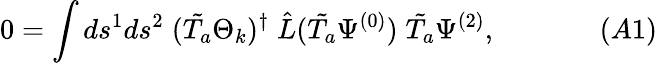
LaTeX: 0=\int ds^{1}ds^{2}\; (\tilde{T_{a}}\Theta_{k})^{\dagger}\; \hat{L}(\tilde{T_{a}}\Psi^{(0)})\; \tilde{T_{a}}\Psi^{(2)},\; \; \; \; \; \; \; \; \; \; \; \; \; (A1)